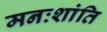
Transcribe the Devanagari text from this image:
मनःशांति